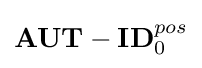
\mathbf {AUT-ID} _{0}^{pos}